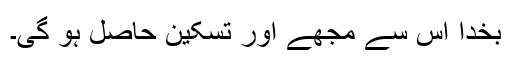
بخدا اس سے مجھے اور تسکین حاصل ہو گی۔